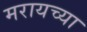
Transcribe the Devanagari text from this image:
मरायच्या